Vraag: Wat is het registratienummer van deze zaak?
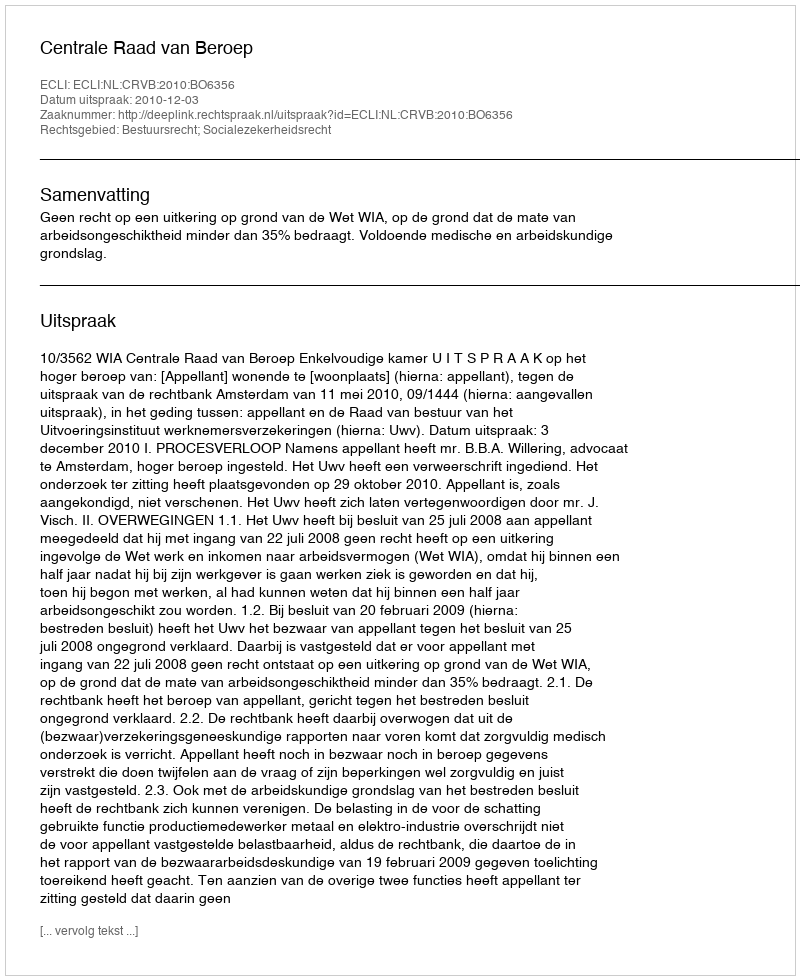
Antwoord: http://deeplink.rechtspraak.nl/uitspraak?id=ECLI:NL:CRVB:2010:BO6356